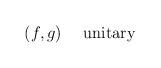
LaTeX: \begin{align*}(f,g)\hbox{ \quad unitary} \\ \end{align*}